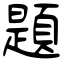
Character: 題